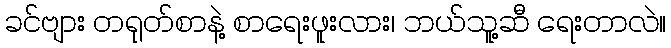
ခင်ဗျား တရုတ်စာနဲ့ စာရေးဖူးလား၊ ဘယ်သူ့ဆီ ရေးတာလဲ။